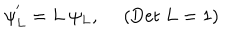
\psi _ { L } ^ { ' } = L ~ \psi _ { L } , ~ ~ ( \mathrm { D e t } ~ L = 1 )